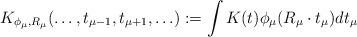
LaTeX: \begin{align*} K_{\phi_{\mu}, R_{\mu}} (\ldots, t_{\mu -1}, t_{\mu+1}, \ldots) := \int K(t)\phi_{\mu}(R_{\mu}\cdot t_{\mu})dt_{\mu}\end{align*}